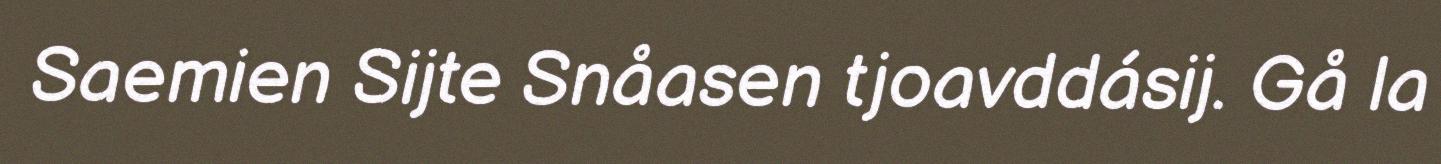
Saemien Sijte Snåasen tjoavddásij. Gå la